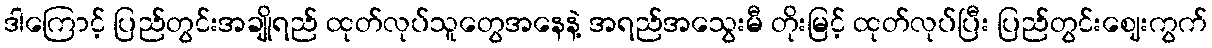
ဒါကြောင့် ပြည်တွင်းအချိုရည် ထုတ်လုပ်သူတွေအနေနဲ့ အရည်အသွေးမီ တိုးမြင့် ထုတ်လုပ်ပြီး ပြည်တွင်းဈေးကွက်